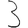
Digit: 3